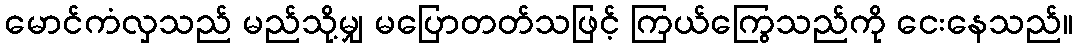
မောင်ကံလှသည် မည်သို့မျှ မပြောတတ်သဖြင့် ကြယ်ကြွေသည်ကို ငေးနေသည်။